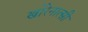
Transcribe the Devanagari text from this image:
खोरेनात्सी